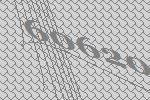
60620